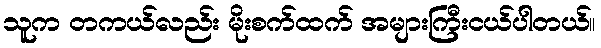
သူက တကယ်လည်း မိုးစက်ထက် အများကြီးငယ်ပါတယ်။